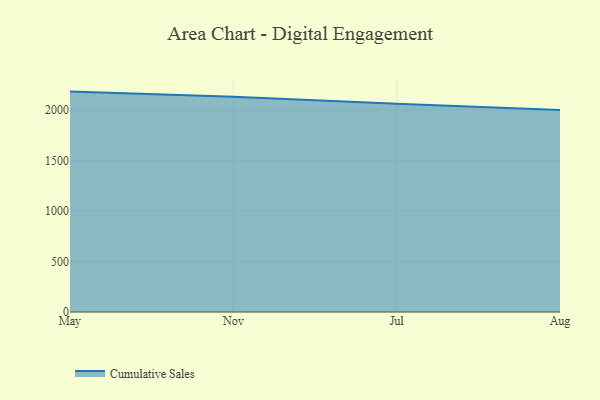
{"axis": {"x": "Month", "y": "Energy Usage (MWh)"}, "legend": ["Cumulative Sales"], "data": [{"x": "May", "y": 2181.4, "type": "Cumulative Sales"}, {"x": "Nov", "y": 2131.5, "type": "Cumulative Sales"}, {"x": "Jul", "y": 2061.4, "type": "Cumulative Sales"}, {"x": "Aug", "y": 1998.5, "type": "Cumulative Sales"}]}